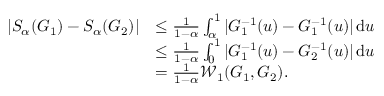
\begin{array} { r l } { | S _ { \alpha } ( G _ { 1 } ) - S _ { \alpha } ( G _ { 2 } ) | } & { \leq \frac { 1 } { 1 - \alpha } \int _ { \alpha } ^ { 1 } | G _ { 1 } ^ { - 1 } ( u ) - G _ { 1 } ^ { - 1 } ( u ) | \, \mathrm { d } u } \\ & { \leq \frac { 1 } { 1 - \alpha } \int _ { 0 } ^ { 1 } | G _ { 1 } ^ { - 1 } ( u ) - G _ { 2 } ^ { - 1 } ( u ) | \, \mathrm { d } u } \\ & { = \frac { 1 } { 1 - \alpha } \mathcal { W } _ { 1 } ( G _ { 1 } , G _ { 2 } ) . } \end{array}